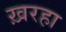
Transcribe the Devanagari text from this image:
ख़रहा